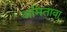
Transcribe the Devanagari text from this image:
अमितावा